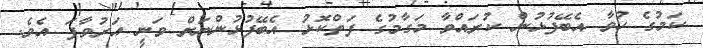
ކަމުގެ ހުވާ އެބޭފުޅުން ކުރައްވާ މަގާމުގެ ފަތްކޮޅު އެބޭފުޅުންނަށް ވަނީ އަރުވާފަ އެވެ.